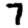
Digit: 7